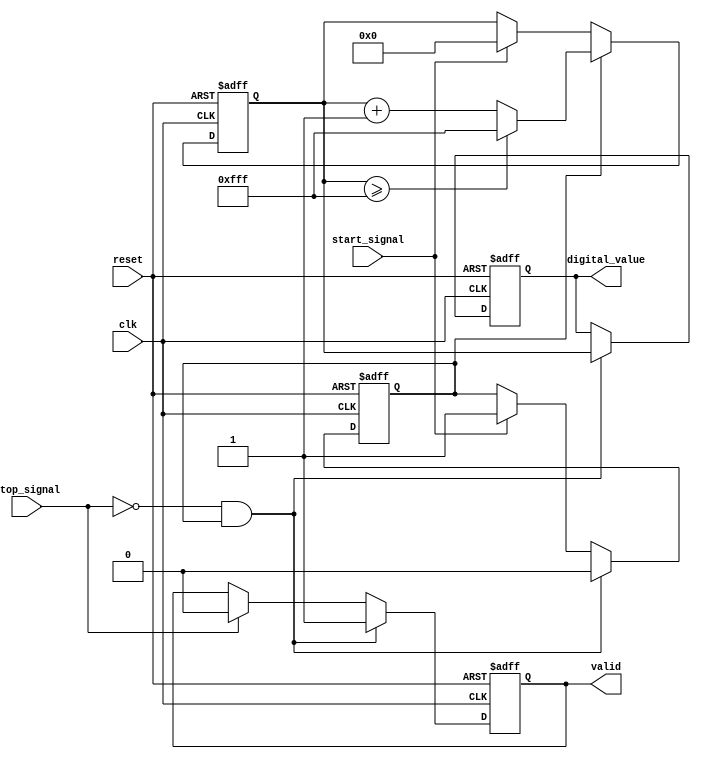
module TDC (
    input wire clk,              // High-frequency clock
    input wire start_signal,     // Start signal (rising edge)
    input wire stop_signal,      // Stop signal (falling edge)
    input wire reset,            // Reset signal
    output reg [11:0] digital_value, // Output digital value from ADC (12-bit resolution)
    output reg valid             // Indicate valid digital value
);

    // Parameters for Capacitor and Current Source
    parameter CURRENT_SOURCE = 1; // Constant current source
    parameter MAX_VOLTAGE = 4095; // Maximum voltage for 12-bit ADC representation

    // Internal signals
    reg [11:0] capacitor_voltage; // Voltage across the capacitor
    reg measuring;                // Indicates if measuring is active

    // ADC Simulation (simplified)
    function [11:0] ADC_convert(input [11:0] voltage);
        begin
            // Simple linear conversion to digital value (mocked)
            ADC_convert = voltage;
        end
    endfunction

    // Control Logic for TDC
    always @(posedge clk or posedge reset) begin
        if (reset) begin
            // Reset all states
            capacitor_voltage <= 12'd0;
            digital_value <= 12'd0;
            valid <= 0;
            measuring <= 0;
        end else begin
            if (start_signal) begin
                // Start measuring
                measuring <= 1;
                capacitor_voltage <= 12'd0; // Initialize capacitor voltage
            end
            
            if (measuring) begin
                // Increment capacitor voltage based on current source (simplified)
                capacitor_voltage <= capacitor_voltage + CURRENT_SOURCE;

                // Simulate a maximum limit for the capacitor voltage
                if (capacitor_voltage >= MAX_VOLTAGE) begin
                    capacitor_voltage <= MAX_VOLTAGE; // Clamp to max voltage
                end
            end
            
            if (!stop_signal && measuring) begin
                // Stop measuring when stop signal is detected
                measuring <= 0;
                digital_value <= ADC_convert(capacitor_voltage); // Convert voltage to digital value
                valid <= 1; // Indicate that the digital value is valid
            end else if (stop_signal) begin
                valid <= 0; // Reset valid flag if stop signal is active
            end
        end
    end

endmodule